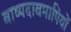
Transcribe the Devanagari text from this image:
वाष्पदाबमापियों